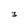
Character: 3